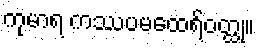
ကုမာရ ကဿပမထေရ်ဝတ္ထု။